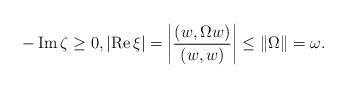
LaTeX: \begin{align*}-\operatorname{Im}\zeta\geq0,\left\vert \operatorname{Re}\xi\right\vert =\left\vert \frac{\left( w,\Omega w\right) }{\left(w,w\right) }\right\vert \leq\left\Vert \Omega\right\Vert =\omega_{}. \end{align*}